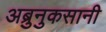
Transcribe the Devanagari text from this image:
अब्रुनुकसानी